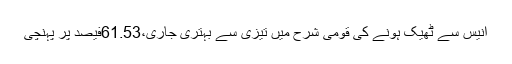
انیس سے ٹھیک ہونے کی قومی شرح میں تیزی سے بہتری جاری،61.53فیصد پر پہنچی